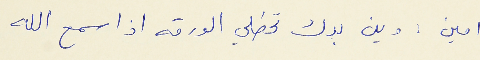
امين : وين بدك تحطلي الورقه اذا سمح الله